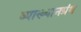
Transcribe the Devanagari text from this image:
व्याख्यानग्रंथ